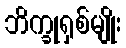
ဘိက္ခုရှစ်မျိုး